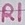
Text: R1